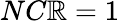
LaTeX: NC\mathbb{R}=1